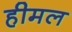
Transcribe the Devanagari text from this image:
हीमल